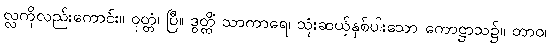
လ္လကိုလည်းကောင်း။ ဝုတ္တံ၊ ပြီ။ ဒွတ္တိံ သာကာရေ၊ သုံးဆယ့်နှစ်ပါးသော ကောဋ္ဌာသ၌။ တာဝ၊